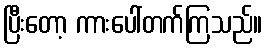
ပြီးတော့ ကားပေါ်တက်ကြသည်။